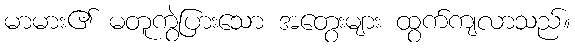
မာမား၏ မတူကွဲပြားသော အတွေးများ ထွက်ကျလာသည်။